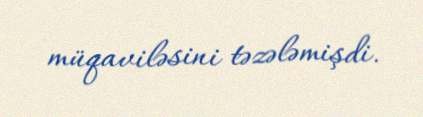
müqaviləsini təzələmişdi.